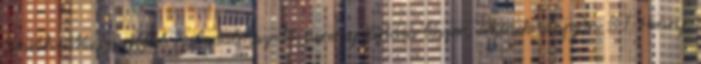
Smith&Wesson által szabadalmazott peremgyújtású lőszer, aminek alapján B.T. Henry,